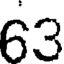
63